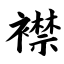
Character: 襟